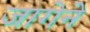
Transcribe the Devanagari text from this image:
जागेने